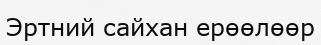
Эртний сайхан ерөөлөөр